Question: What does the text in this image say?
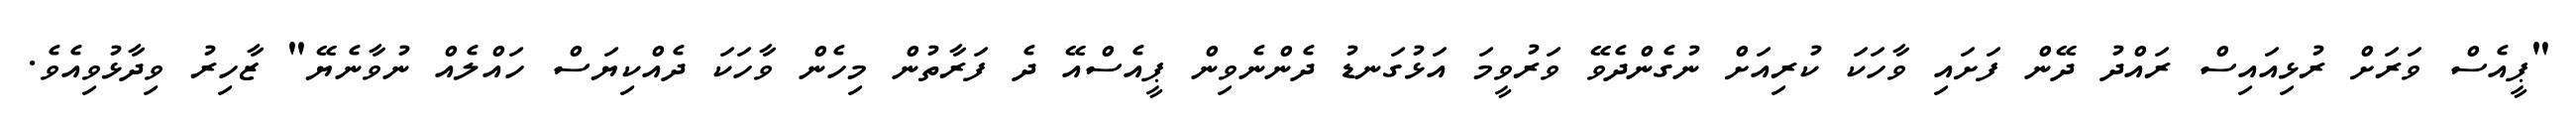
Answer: "ޕީއެސް ވަރަށް ރުޅިއައިސް ރައްދު ދޭން ފަށައި ވާހަކަ ކުރިއަށް ނުގެންދެވޭ ވަރުވީމަ އަޅުގަނޑު ދެންނެވިން ޕީއެސްއޭ ދެ ފަރާތުން މިހެން ވާހަކަ ދެއްކިޔަސް ހައްލެއް ނުވާނެޔޭ" ޒާހިރު ވިދާޅުވިއެވެ.